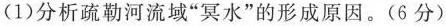
(1)分析疏勒河流域“冥水”的形成原因。(6分)